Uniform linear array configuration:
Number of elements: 24
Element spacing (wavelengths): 0.75
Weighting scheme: cosine
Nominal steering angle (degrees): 60
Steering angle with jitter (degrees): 60.644
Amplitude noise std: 0.05
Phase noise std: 0.05

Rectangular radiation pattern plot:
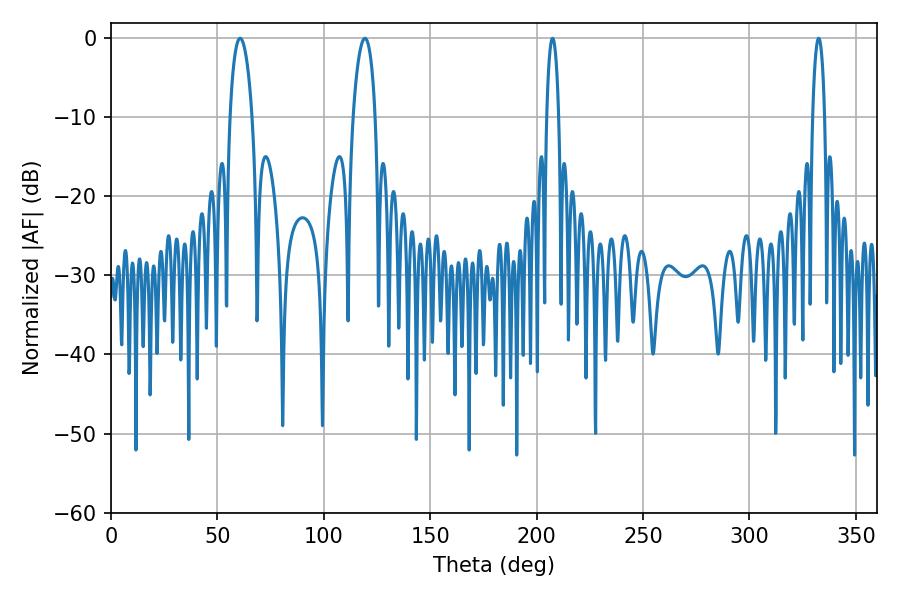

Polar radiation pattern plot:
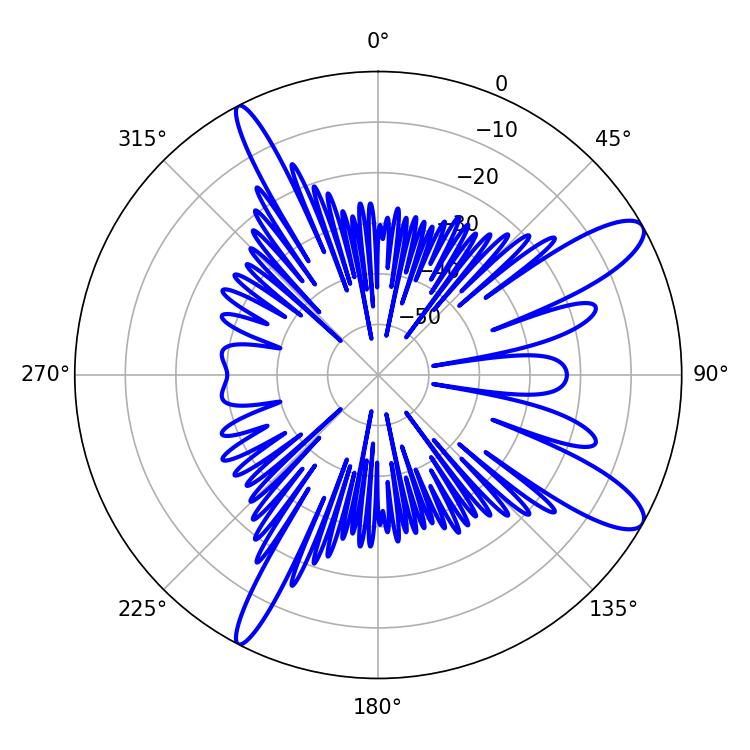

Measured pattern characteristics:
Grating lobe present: TRUE
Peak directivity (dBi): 11.515
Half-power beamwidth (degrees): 5.94
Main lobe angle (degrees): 60.66